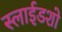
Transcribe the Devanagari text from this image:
स्लाईडशो